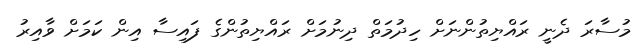
މުސާރަ ދެނީ ރައްޔިތުންނަށް ހިދުމަތް ދިނުމަށް ރައްޔިތުންގެ ފައިސާ އިން ކަމަށް ވާއިރު